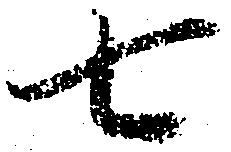
七